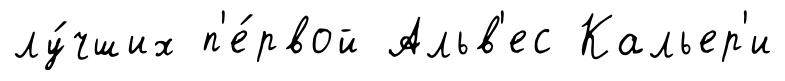
лу́чших п'е́рвой Альв'ес Кальер'и